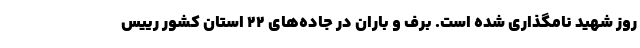
روز شهید نامگذاری شده است. برف و باران در جاده‌های ۲۲ استان کشور رییس